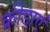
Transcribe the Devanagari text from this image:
क्रीड़ाएं